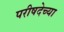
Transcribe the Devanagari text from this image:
परीषदेच्या